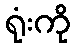
ရုံးကို